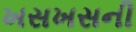
ખસખસની